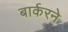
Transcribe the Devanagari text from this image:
बार्करने